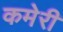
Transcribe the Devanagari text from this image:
कमेरी